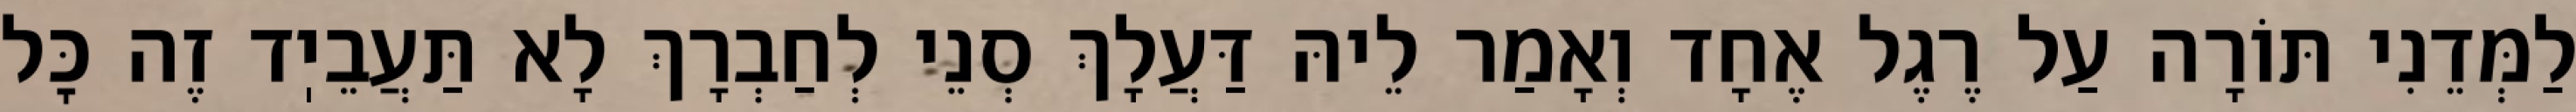
לַמְּדֵנִי תּוֹרָה עַל רֶגֶל אֶחָד וְאָמַר לֵיהּ דַּעֲלָךְ סְנֵי לְחַבְרָךְ לָא תַּעֲבֵיֽד זֶה כׇּל